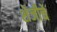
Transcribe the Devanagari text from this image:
शेजीचे